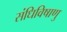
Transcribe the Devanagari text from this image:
संधिविषाणु